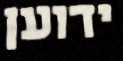
ידוען